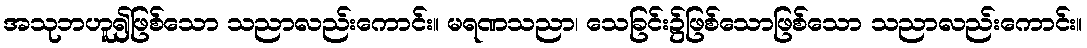
အသုဘဟူ၍ဖြစ်သော သညာလည်းကောင်း။ မရဏသညာ၊ သေခြင်း၌ဖြစ်သောဖြစ်သော သညာလည်းကောင်း။